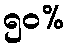
၅၀%